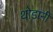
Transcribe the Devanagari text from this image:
थोडानी